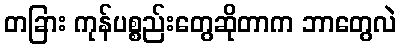
တခြား ကုန်ပစ္စည်းတွေဆိုတာက ဘာတွေလဲ